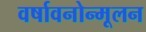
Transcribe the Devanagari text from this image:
वर्षावनोन्मूलन